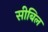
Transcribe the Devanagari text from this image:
सीबिल